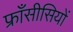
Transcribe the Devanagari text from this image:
फ्राँसीसियों